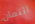
ائتمان